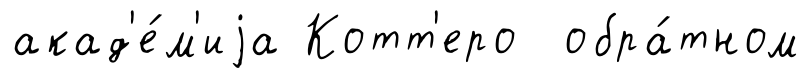
акад'е́м'иjа Котт'еро обра́тном